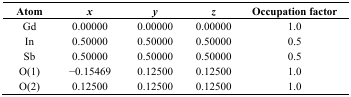
| Atom | x | y | z | Occupation factor |
 | --- | --- | --- | --- | --- |
 | Gd | 0.00000 | 0.00000 | 0.00000 | 1.0 |
 | In | 0.50000 | 0.50000 | 0.50000 | 0.5 |
 | Sb | 0.50000 | 0.50000 | 0.50000 | 0.5 |
 | O(1) | −0.15469 | 0.12500 | 0.12500 | 1.0 |
 | O(2) | 0.12500 | 0.12500 | 0.12500 | 1.0 |